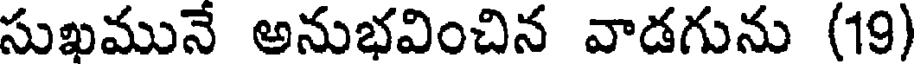
సుఖమునే అనుభవించిన వాడగును (19)